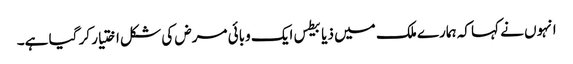
انہوں نے کہا کہ ہمارے ملک میں ذیابیطس ایک وبائی مرض کی شکل اختیار کر گیا ہے۔